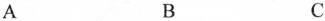
A B C